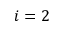
i = 2